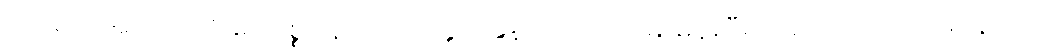
ဘဝရဲကအတိတ်ကိုမေ့၊ ပစ္စုပ္ပန်ကိုကြည်နူး၊ အနာဂတ်ကို မြှော်မှန်းပြီး ကြည်လင် သောမနောကို